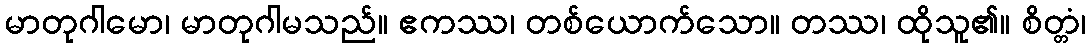
မာတုဂါမော၊ မာတုဂါမသည်။ ဧကဿ၊ တစ်ယောက်သော။ တဿ၊ ထိုသူ၏။ စိတ္တံ၊